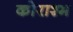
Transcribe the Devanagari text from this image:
कोराश्म